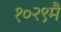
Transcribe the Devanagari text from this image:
१०२९मै